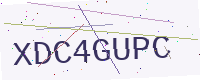
Text: XDC4GUPC